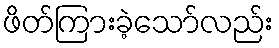
ဖိတ်ကြားခဲ့သော်လည်း